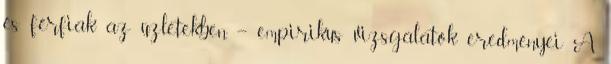
és férfiak az üzletekben – empirikus vizsgálatok eredményei A